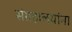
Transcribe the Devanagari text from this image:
संग्रहालयांना